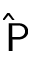
\mathsf { \widehat P }